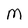
Character: M